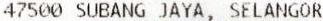
47500 SUBANG JAYA, SELANGOR